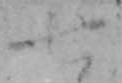
七